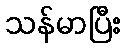
သန်မာပြီး